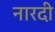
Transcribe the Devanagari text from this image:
नारदी